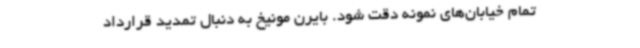
تمام خیابان‌های نمونه دقت شود. بایرن مونیخ به دنبال تمدید قرارداد